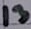
Text: 13